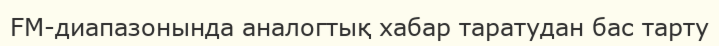
FM-диапазонында аналогтық хабар таратудан бас тарту